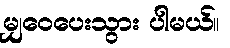
မျှဝေပေးသွား ပါမယ်။